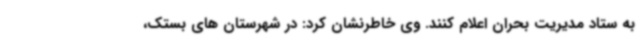
به ستاد مدیریت بحران اعلام کنند. وی خاطرنشان کرد: در شهرستان های بستک،